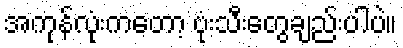
အကုန်လုံးကတော့ ဗုံးသီးတွေချည်းပါပဲ။